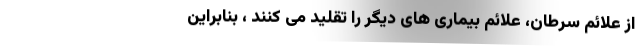
از علائم سرطان، علائم بیماری های دیگر را تقلید می کنند ، بنابراین